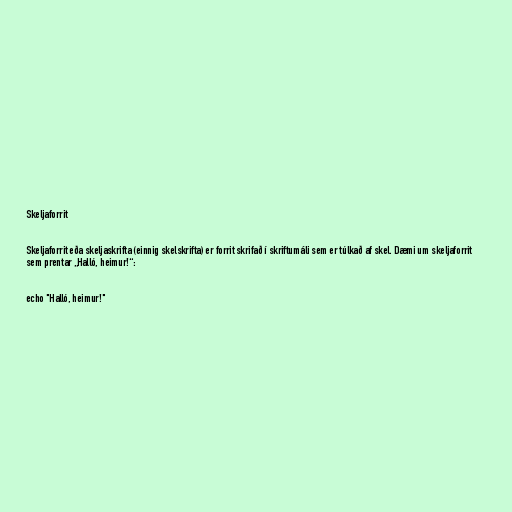
Skeljaforrit

Skeljaforrit eða skeljaskrifta (einnig skelskrifta) er forrit skrifað í skriftumáli sem er túlkað af skel. Dæmi um skeljaforrit
sem prentar „Halló, heimur!“:

echo "Halló, heimur!"